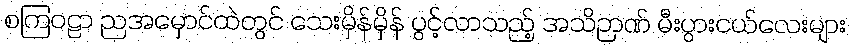
စကြဝဠာ ညအမှောင်ထဲတွင် သေးမှိန်မှိန် ပွင့်လာသည့် အသိဉာဏ် မီးပွားငယ်လေးများ